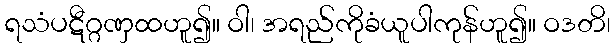
ရသံပဋီဂ္ဂဏှထဟူ၍။ ဝါ၊ အရည်ကိုခံယူပါကုန်ဟူ၍။ ဝဒတိ၊